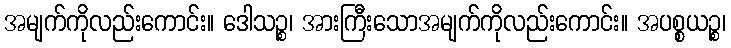
အမျက်ကိုလည်းကောင်း။ ဒေါသဉ္စ၊ အားကြီးသောအမျက်ကိုလည်းကောင်း။ အပစ္စယဉ္စ၊